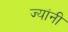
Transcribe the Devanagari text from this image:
ज्‍यांनी